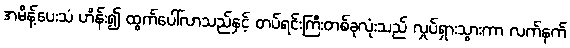
အမိန့်ပေးသံ ဟိန်း၍ ထွက်ပေါ်လာသည်နှင့် တပ်ရင်းကြီးတစ်ခုလုံးသည် လှုပ်ရှားသွားကာ လက်နက်